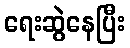
ရေးဆွဲနေပြီး